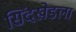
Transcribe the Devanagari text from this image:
सिंदखेडला